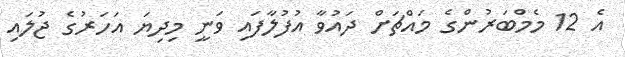
އެ 12 މެމްބަރުންގެ މައްޗަށް ދައުވާ އުފުލާފައި ވަނީ މިދިޔަ އަހަރުގެ ޖުލައި